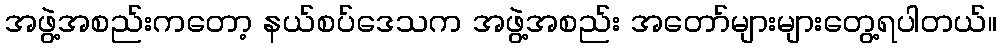
အဖွဲ့အစည်းကတော့ နယ်စပ်ဒေသက အဖွဲ့အစည်း အတော်များများတွေ့ရပါတယ်။